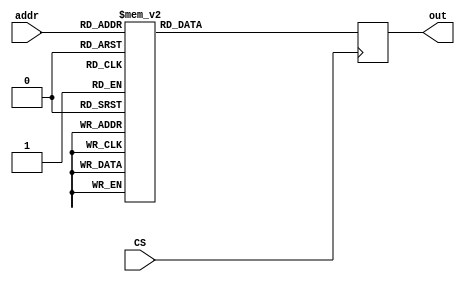
module ROM(out, addr, CS);
    output[15:0] out;
    input[3:0] addr;
    input CS;
    reg [15:0] out;
    reg [15:0] ROM[15:0];
    always @(negedge CS)
    begin
        ROM[0]=16'd0501; 
        ROM[1]=16'd3401;
        ROM[2]=16'd0801; 
        ROM[3]=16'd0121;
        ROM[4]=16'd0511; 
        ROM[5]=16'd0215;
        ROM[6]=16'd5501; 
        ROM[7]=16'd5400;
        ROM[8]=16'd4801; 
        ROM[9]=16'd3800;
        ROM[10]=16'd3001; 
        ROM[11]=16'd2401;
        ROM[12]=16'd1301; 
        ROM[13]=16'd1600;
        ROM[14]=16'd3601; 
        ROM[15]=16'd3401;
        out=ROM[addr];
    end
endmodule